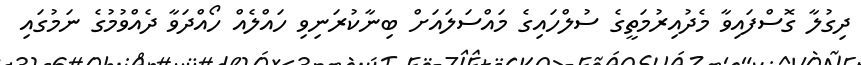
ދިގުލާ ގޮސްފައިވާ މެދުއިރުމަތީގެ ސުލްހައިގެ މައްސަލައަށް ބިނާކުރަނިވި ހައްލެއް ހޯއްދަވާ ދެއްވުމުގެ ނަމުގައި